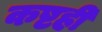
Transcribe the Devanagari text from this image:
कष्टही